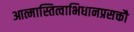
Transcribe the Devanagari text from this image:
आत्मास्तित्वाभिधानप्रसक्तौ